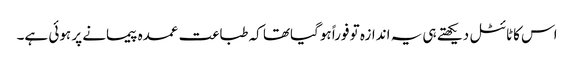
اس کاٹائٹل دیکھتے ہی یہ اندازہ تو فوراً ہوگیاتھا کہ طباعت عمدہ پیمانے پر ہوئی ہے۔